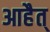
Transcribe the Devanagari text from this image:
आहैत्